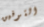
التوفيق